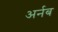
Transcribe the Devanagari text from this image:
अर्नब